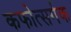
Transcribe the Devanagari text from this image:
कफोत्सर्गक